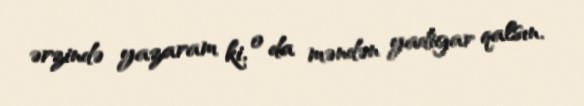
ərzində yazaram ki, o da məndən yadigar qalsın.